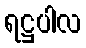
ရဋ္ဌပါလ